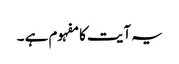
یہ آیت کا مفہوم ہے ۔